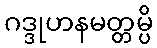
ဂဒ္ဒုဟနမတ္တမ္ပိ